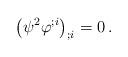
LaTeX: \begin{align*}\big(\psi^2\varphi^{;i}\big)_{;i}=0\, .\end{align*}